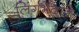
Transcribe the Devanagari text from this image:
लिंगभेदाने